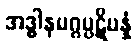
အဒ္ဓါနမဂ္ဂပ္ပဋိပန္နံ